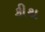
કીથ